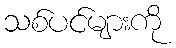
သစ်ပင်များကို